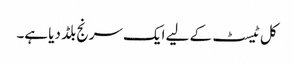
کل ٹیسٹ کے لیے ایک سرنج بلڈ دیا ہے۔